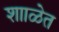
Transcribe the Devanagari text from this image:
शााळेत